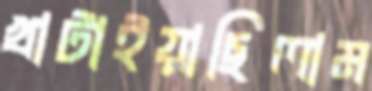
খাটাইয়াছিলাম